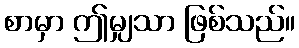
စာမှာ ဤမျှသာ ဖြစ်သည်။